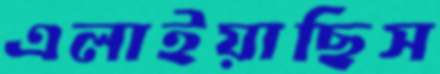
এলাইয়াছিস